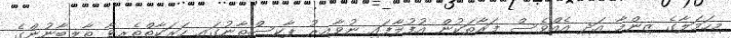
މިހަމަލާގެ ޒިންމާ އަދި އެއްވެސް ފަރާތަކުން އުފުލާފައި ނުވާއިރު ޕާކިސްތާނުގައި ހަރަކާތްތެރިވާ ތާލިބާނުންގެ